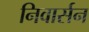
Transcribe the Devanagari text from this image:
निवार्सन